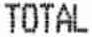
TOTAL